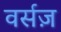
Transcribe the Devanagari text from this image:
वर्सज़